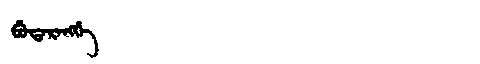
Manchu: ᠪᡠᡨᠠᡵᠠᠩᡤᡝ
Romanization: BUTARANGGE